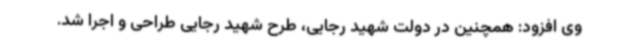
وی افزود: همچنین در دولت شهید رجایی، طرح شهید رجایی طراحی و اجرا شد.